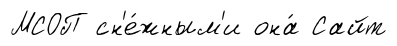
МСОП сн'е́жным'и она́ Сайт